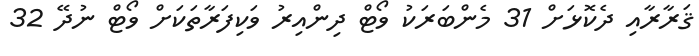
ޤަރާރާއި ދެކޮޅަށް 31 މެންބަރަކު ވޯޓް ދިންއިރު ވަކިފަރާތަކަށް ވޯޓް ނުދޭ 32